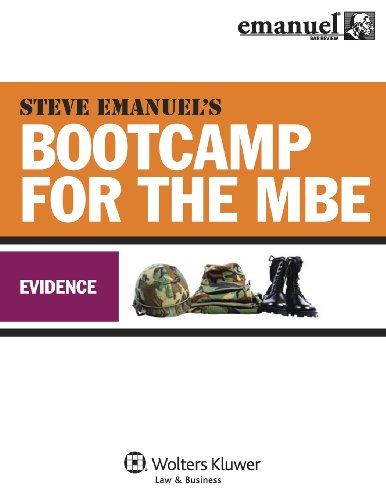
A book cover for MBE Bootcamp: Evidence (Bootcamp for the Mbe); Steven Emanuel; Test Preparation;